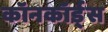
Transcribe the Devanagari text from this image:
कॉनकॉर्ड्स